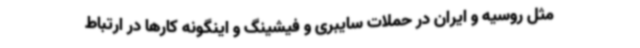
مثل روسیه و ایران در حملات سایبری و فیشینگ و اینگونه کارها در ارتباط